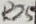
Text: R25